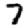
Digit: 7